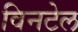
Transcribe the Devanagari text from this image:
विनटेल